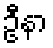
ဦနာ